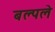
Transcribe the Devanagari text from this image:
बल्पले